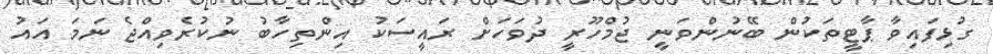
ގުޅިފައިވާ ޕާޓީތަކުން ބޭނުންވަނީ ޖުމްހޫރީ ދުވަހަށް ރައީސަކު އިންތިހާބު ނުކުރެވިއްޖެ ނަމަ އައު